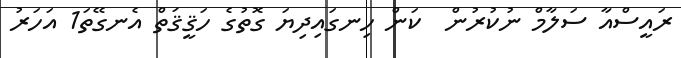
ރައީސްއާ ސަލާމް ނުކުރުން  ކަން ހިނގައިދިޔަ ގޮތުގެ ހަޤީޤަތް އެނގޭތަ1 އަހަރު